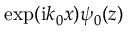
\exp ( \mathrm { i } k _ { 0 } x ) \psi _ { 0 } ( z )